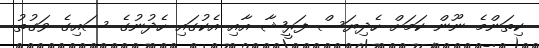
ކިތަންމެ ނޫން ކަމަށް ހެދިޔަސް ފަރީޝާ އާއި އެކުގައި ހެދުނުގެ ސައިގެ ވަގުތު